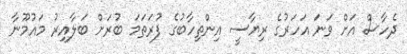
ދެހާސް އަށް ވަނަ އަހަރުގެ ރިޔާސީ އިންތިހާބުގެ ފުރަތަމަ ބުރަށް ބަލާއިރު މައުމޫނާ